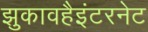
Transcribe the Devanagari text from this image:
झुकावहैइंटरनेट